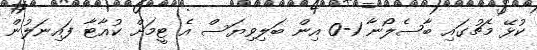
ކުޅޭ މެޗުގައި ބާސެލޯނާ 1-0 އިން ބަލިވިޔަސް އެ ޓީމަށް ކުއާޓާ ފައިނަލުން